Civil Veterinary Dept. North-West Frontier Province 1933-46 - 1933-1946
Year: 1933
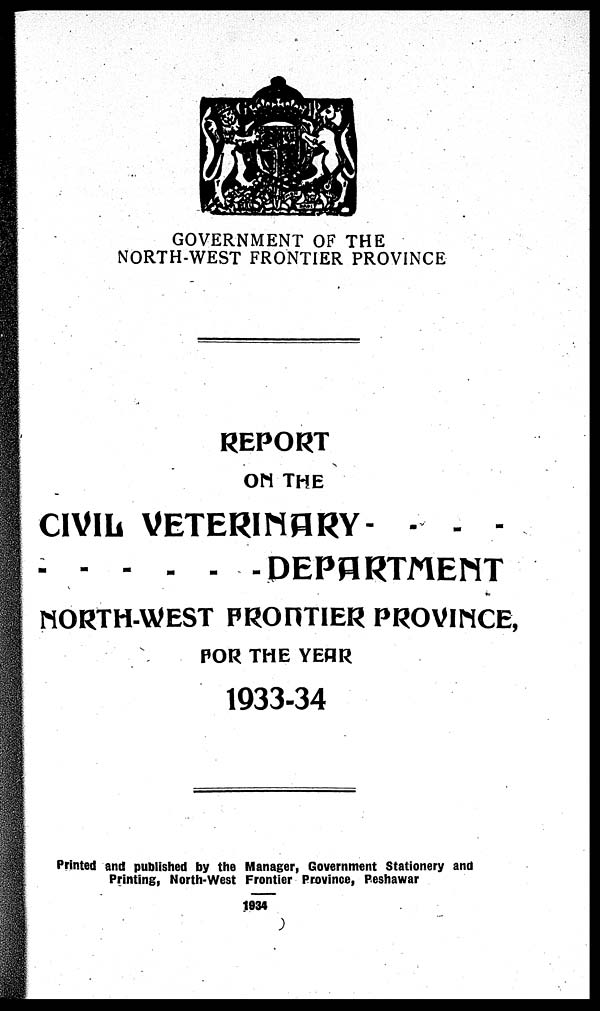
GOVERNMENT OF THE
NORTH-WEST FRONTIER PROVINCE
REPORT
ON THE
CIVIL VETERINARY- - - -
DEPARTMENT
NORTH-WEST PRONTIER PROVINCE,
FOR THE YEAR
1933-34
Printed and published by the Manager, Government Stationery and
Printing, North-West Frontier Province, Peshawar
1934